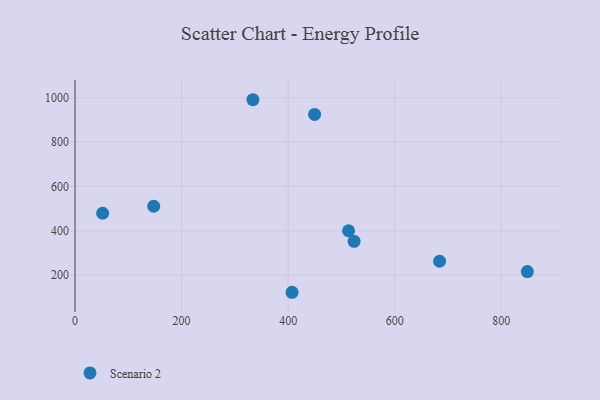
{"axis": {"x": "Study Hours", "y": "Profit"}, "legend": ["Scenario 2"], "data": [{"x": "848.9", "y": 216.4, "type": "Scenario 2"}, {"x": "147.7", "y": 510.8, "type": "Scenario 2"}, {"x": "449.6", "y": 924.8, "type": "Scenario 2"}, {"x": "523.7", "y": 353.0, "type": "Scenario 2"}, {"x": "684.1", "y": 263.0, "type": "Scenario 2"}, {"x": "513.3", "y": 400.5, "type": "Scenario 2"}, {"x": "51.8", "y": 479.3, "type": "Scenario 2"}, {"x": "407.3", "y": 123.2, "type": "Scenario 2"}, {"x": "333.8", "y": 991.0, "type": "Scenario 2"}]}